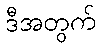
ဒီအတွက်